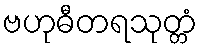
ဗဟုဓီတရသုတ္တံ